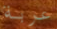
عربة